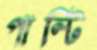
পাল্টি